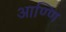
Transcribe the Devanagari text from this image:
आण्णि